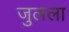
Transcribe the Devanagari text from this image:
जुलला